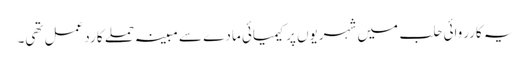
یہ کارروائی حلب میں شہریوں پر کیمیائی مادے سے مبینہ حملے کا ردعمل تھی۔